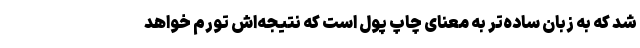
شد که به زبان ساده‌تر به معنای چاپ پول است که نتیجه‌اش تورم خواهد